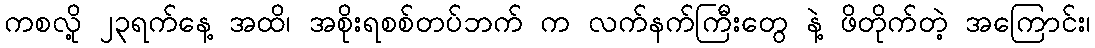
ကစလို့ ၂၃ရက်နေ့ အထိ၊ အစိုးရစစ်တပ်ဘက် က လက်နက်ကြီးတွေ နဲ့ ဖိတိုက်တဲ့ အကြောင်း၊